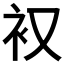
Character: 𮕧